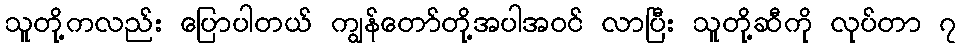
သူတို့ကလည်း ပြောပါတယ် ကျွန်တော်တို့အပါအဝင် လာပြီး သူတို့ဆီကို လုပ်တာ ၇